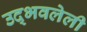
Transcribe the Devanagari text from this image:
उद्भवलेली